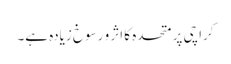
کراچی پر متحدہ کا اثر و رسوخ زیادہ ہے۔